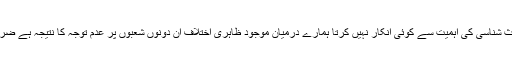
ج) علوم قرآن وحدیث شناسی: موجود ہ دور میں علوم قرآن اور حدیث شناسی کی اہمیت سے کوئی انکار نہیں کرتا ہمارے درمیان موجود ظاہری اختلاف ان دونوں شعبوں پر عدم توجہ کا نتیجہ ہے ضرورت اس امر کی ہے کہ ہم اپنے نصاب تعلیم کی طرف توجہ دیں۔